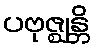
ပဗုဇ္ဈန္တိ